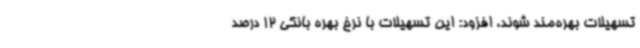
تسهیلات بهره‌مند شوند، افزود: این تسهیلات با نرخ بهره بانکی 12 درصد